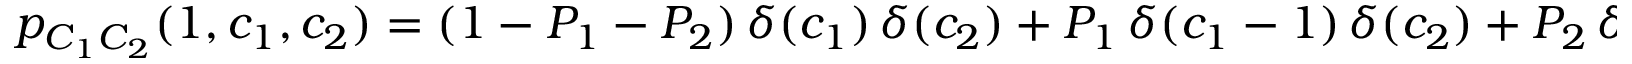
\begin{array} { r } { p _ { C _ { 1 } C _ { 2 } } ( 1 , c _ { 1 } , c _ { 2 } ) = ( 1 - P _ { 1 } - P _ { 2 } ) \, \delta ( c _ { 1 } ) \, \delta ( c _ { 2 } ) + P _ { 1 } \, \delta ( c _ { 1 } - 1 ) \, \delta ( c _ { 2 } ) + P _ { 2 } \, \delta ( c _ { 1 } ) \, \delta ( c _ { 2 } - 1 ) , } \end{array}